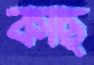
কাছ